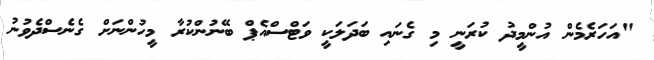
"އަހަރެމެން އުންމީދު ކުރަނީ މި ގެނައި ބަދަލަކީ ވަޓްސްއެޕް ބޭނުންކުރާ މީހުންނަށް ގެނެސްދެވުނު